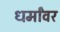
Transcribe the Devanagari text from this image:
धर्मांवर